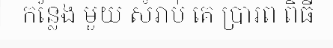
កន្លែង មួយ សំរាប់ គេ ប្រារព ពិធី